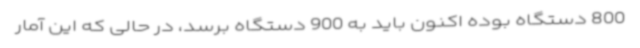
800 دستگاه بوده اکنون باید به 900 دستگاه برسد، در حالی که این آمار